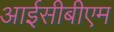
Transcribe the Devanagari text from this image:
आईसीबीएम